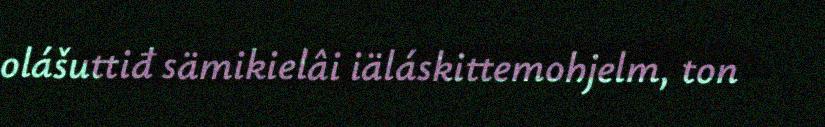
olášuttiđ sämikielâi iäláskittemohjelm, ton